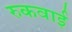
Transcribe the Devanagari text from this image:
रुकवाई